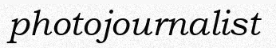
photojournalist